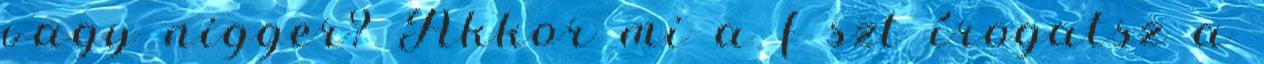
vagy nigger? Akkor mi a f szt írogatsz a